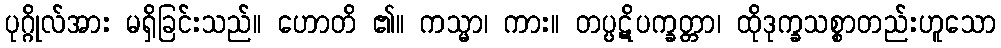
ပုဂ္ဂိုလ်အား မရှိခြင်းသည်။ ဟောတိ ၏။ ကသ္မာ၊ ကား။ တပ္ပဋိပက္ခတ္တာ၊ ထိုဒုက္ခသစ္စာတည်းဟူသော